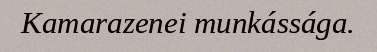
Kamarazenei munkássága.